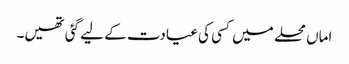
اماں محلے میں کسی کی عیادت کے لیے گئی تھیں۔